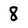
Character: 8